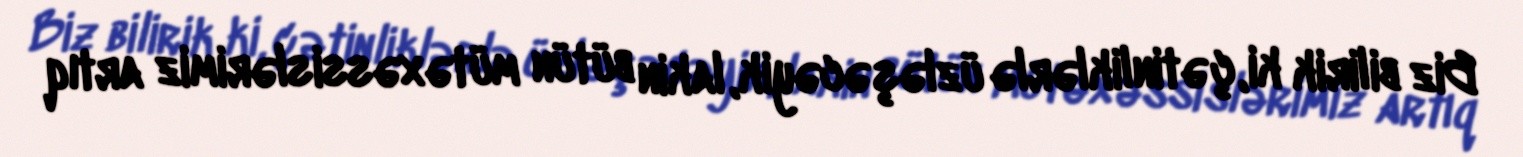
Biz bilirik ki, çətinliklərlə üzləşəcəyik, lakin bütün mütəxəssislərimiz artıq